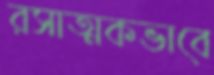
রসাত্মকভাবে